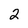
Character: 2